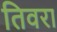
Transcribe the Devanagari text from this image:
तिवरा